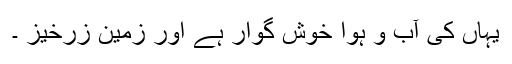
یہاں کی آب و ہوا خوش گوار ہے اور زمین زرخیز ۔